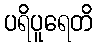
ပရိပူရေတိ